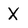
Character: X